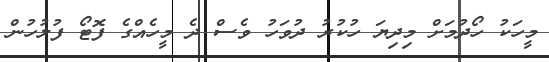
މީހަކު ހޯދުމަށް މިދިޔަ ހުކުރު ދުވަހު ވެސް ދެ މީހެއްގެ ފޮޓޯ ފުލުހުން